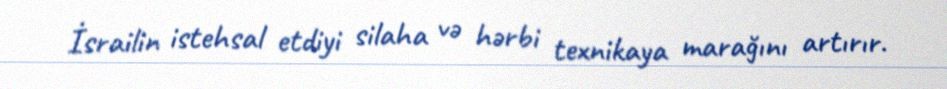
İsrailin istehsal etdiyi silaha və hərbi texnikaya marağını artırır.